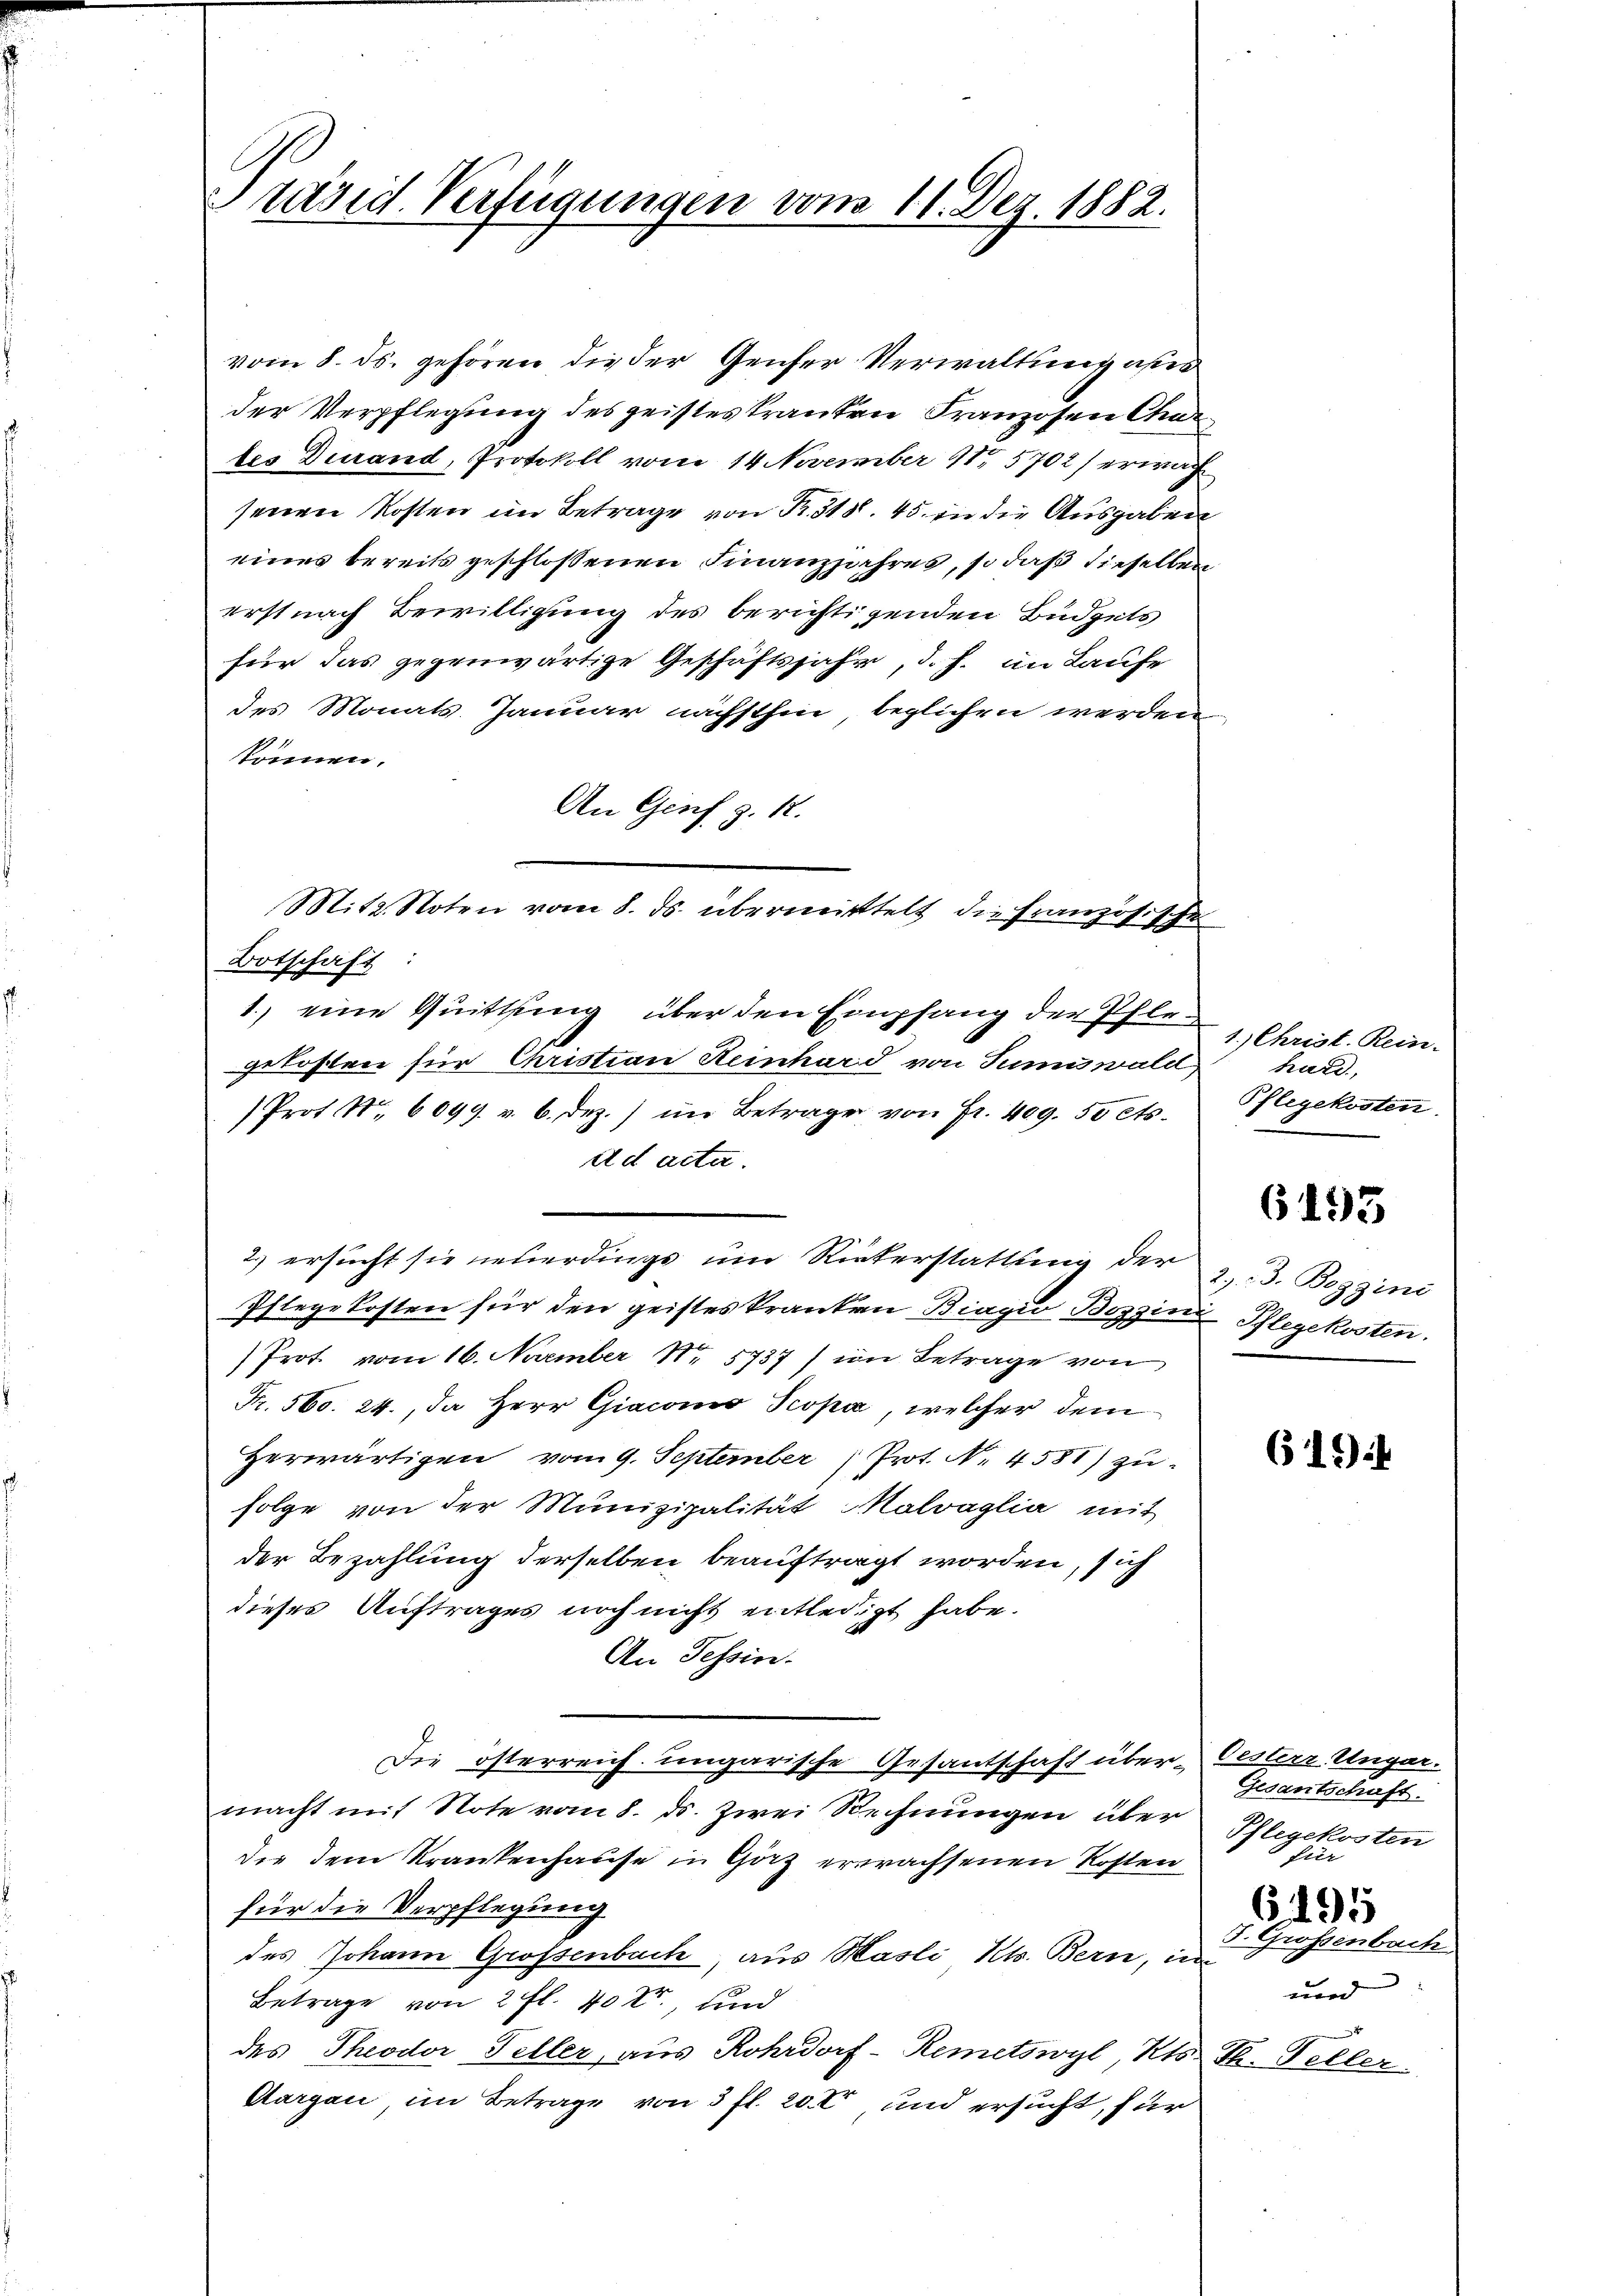
Präsid. Verfügungen vom 11. Dez. 1882.

vom 8. ds. gehören die der Genser Verwaltung aner
der Verpflegung des geisteskranken Franzosen Chates durand, Protokoll vom 14 November 11. 5702) erwach
senen Kosten im Betrage von P. 318. 45 in die Ausgaben
eines bereits geschlossenen Finanzjahres, so daß dieselben
erst nach Bewilligung des berichtigenden Büdgets
für das gegenwärtige Geschäftsjahr, d. h. im Laufe
des Monats Januar nächsthin beglichen werden
können.
An Genf z. 12.
Botschaft:
1.) eine Quittung über den Empfang der Pflegekosten für Christian Reinhard von Tumuwald
Prof. Nr. 6099. v. 6. Dez.) im Betrage von Fr. 409. 50 Cts.
dd acta.
2) ersucht sie neuerdings um Rickerstattung der 2. 3. Boggini
Pflegekosten für den geistes kranken Biagio Bozzini Pflegekosten.
Prot. vom 16. November Nr. 5737) im Betrage von
Fr. 560. 24., Da Herr Giacono Peopa, welcher dem
Herwärtigen vom 9. September Prot. N. 4581) zŭ-
folge von der Munizipalität Malvaglia mit
der Bezahlung derselben beauftragt worden, sich
dieses Auftrages noch nicht entledigt habe.
An Tessin.
Die österreich ungarische Gesantschaft über-
macht mit Note vom 8. ds. Zwei Rechnungen über
die dem Krankenhause in Görz erwachsenen Kosten
für die Verpflegung
des Johann Grossenbach, aus Masli Kts. Bern, in
Betrage von 2 fl. 40 Xr, und
des Theodor Feller, aus Rohrdorf-Remetswyl, Kts. T. Teller
Aargau im Betrage von 3 fl. 20. und ersucht, für

Mitz. Noten vom 8. ds. übermittelt die französisches

1. Christ. Rein-
hard,
Pflegekosten.

6193

619

Oesterr Ungar.
Gesantschaft.
Pflegekosten
fier
6. 1915
J. Grossenbach
wird